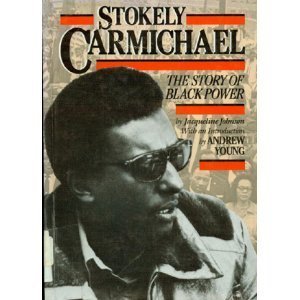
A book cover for Stokely Carmichael: The Story of Black Power (History of the Civil Rights Movement); Jacqueline Johnson; Teen & Young Adult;